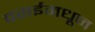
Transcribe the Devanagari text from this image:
वसईमधून